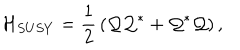
{ \cal H } _ { S U S Y } = { \frac { 1 } { 2 } } \left( { \cal Q } { \cal Q } ^ { * } + { \cal Q } ^ { * } { \cal Q } \right) ,